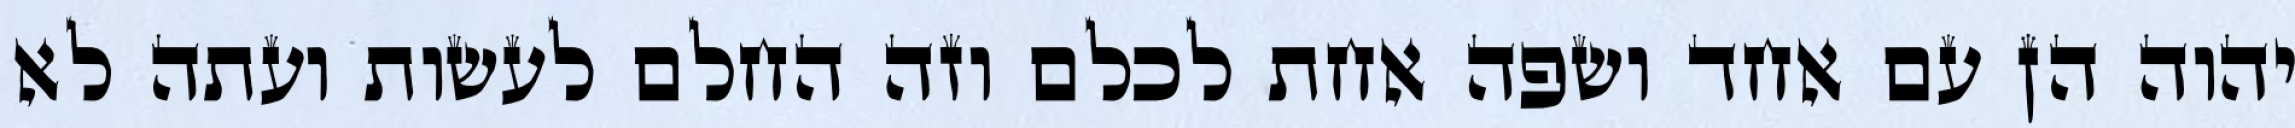
יהוה הן עם אחד ושפה אחת לכלם וזה החלם לעשות ועתה לא